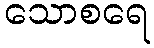
သောစရေ